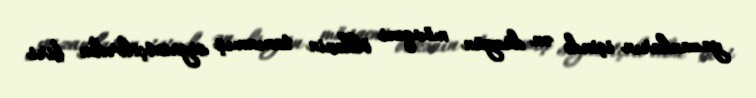
yazanların içində ən düzgün mövqeni ölkənin tanınmış siyasətçilərdən biri